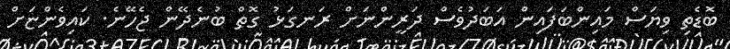
ބޮޑެތި ވިޔަސް މައިންބަފައިން އަބަދުވެސް ދަރީންނަށް ރަނގަޅު ގޮތް ބުނެދޭން ޖެހޭނެ. ކައިވެންޏަށް